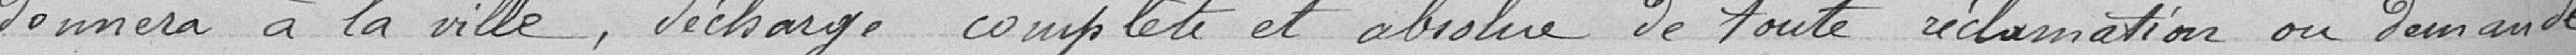
donnera à la ville, décharge complète et absolue de toute réclamation en demande